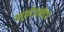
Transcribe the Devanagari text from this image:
ग्लूकोज़मीटर